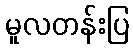
မူလတန်းပြ